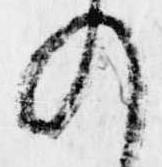
の